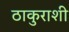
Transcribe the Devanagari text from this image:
ठाकुराशी